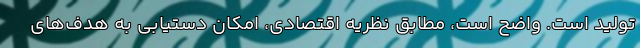
تولید است. واضح است، مطابق نظریه اقتصادی، امکان دستیابی به هدف‌های